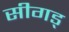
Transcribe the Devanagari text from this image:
सीगड्